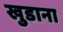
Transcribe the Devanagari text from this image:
खुडाना